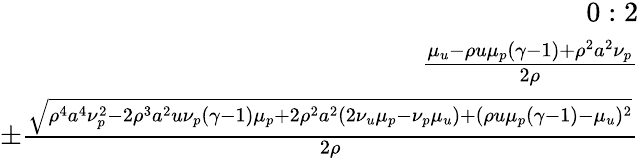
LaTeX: \begin{array}{r}{0:2}\\ {\frac{\mu_{u}-\rho u\mu_{p}(\gamma-1)+\rho^{2}a^{2}\nu_{p}}{2\rho}}\\ {\pm\frac{\sqrt{\rho^{4}a^{4}\nu_{p}^{2}-2\rho^{3}a^{2}u\nu_{p}(\gamma-1)\mu_{p}+2\rho^{2}a^{2}(2\nu_{u}\mu_{p}-\nu_{p}\mu_{u})+(\rho u\mu_{p}(\gamma-1)-\mu_{u})^{2}}}{2\rho}}\end{array}